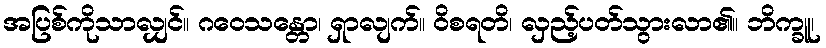
အပြစ်ကိုသာလျှင်။ ဂဝေသန္တော၊ ရှာလျက်။ ဝိစရတိ၊ လှည့်ပတ်သွားလာ၏။ ဘိက္ခူ၊